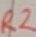
Text: R2